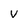
Character: v